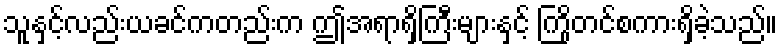
သူနှင့်လည်းယခင်ကတည်းက ဤအရာရှိကြီးများနှင့် ကြိုတင်စကားရှိခဲ့သည်။